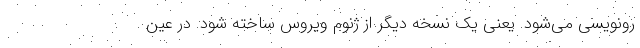
رونویسی می‌شود. یعنی یک نسخه دیگر از ژنوم ویروس ساخته شود. در عین